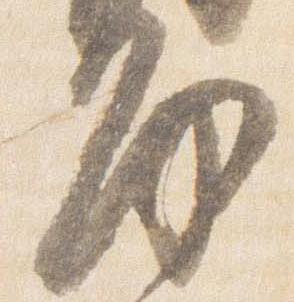
房